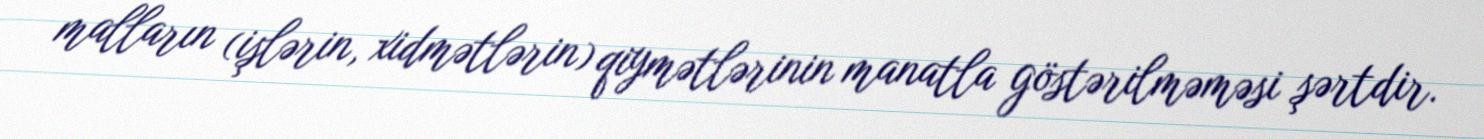
malların (işlərin, xidmətlərin) qiymətlərinin manatla göstərilməməsi şərtdir.